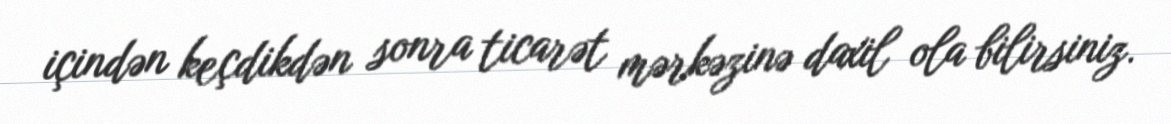
içindən keçdikdən sonra ticarət mərkəzinə daxil ola bilirsiniz.